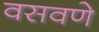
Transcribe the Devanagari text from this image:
वसवणे